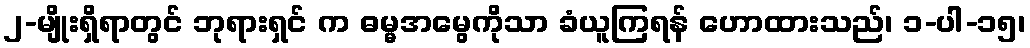
၂-မျိုးရှိရာတွင် ဘုရားရှင် က ဓမ္မအမွေကိုသာ ခံယူကြရန် ဟောထားသည်၊ ၁-ပါ-၁၅၊